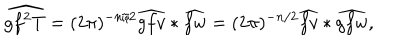
\widehat { g f ^ { 2 } T } = ( 2 \pi ) ^ { - n / 2 } \widehat { g f v } * \widehat { f w } = ( 2 \pi ) ^ { - n / 2 } \widehat { f v } * \widehat { g f w } ,